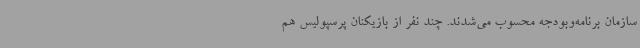
سازمان برنامه‌وبودجه محسوب می‌شدند. چند نفر از بازیکنان پرسپولیس هم